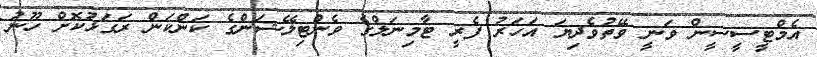
އެމްޓީސީސީން ވަނީ ވޭތުވެދިޔަ އަހަރު ފެރީ ޓާމިނަލްގެ ވެންޓިލޭޝަންގެ ކަންކަން ރަގަޅުކޮށް ހޫނު